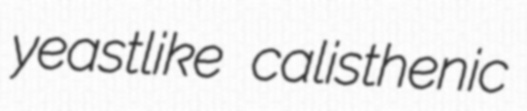
yeastlike calisthenic